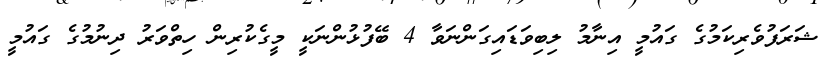
ޝަރަފުވެރިކަމުގެ ގައުމީ އިނާމު ލިބިވަޑައިގަންނަވާ 4 ބޭފުޅުންނަކީ މީގެކުރިން ހިތްވަރު ދިނުމުގެ ގައުމީ